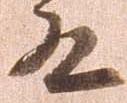
殿